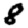
Digit: 8